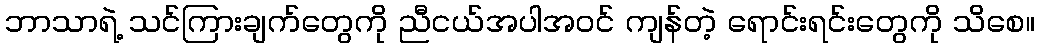
ဘာသာရဲ့ သင်ကြားချက်တွေကို ညီငယ်အပါအဝင် ကျန်တဲ့ ရောင်းရင်းတွေကို သိစေ။